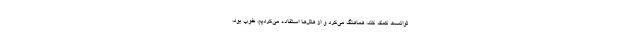
‌توانست کمک کند، هماهنگ می‌کرد و از هتل‌ها استفاده می‌کردیم، خوب بود،